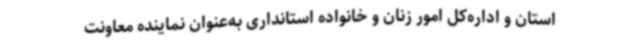
استان و اداره‌کل امور زنان و خانواده استانداری به‌عنوان نماینده معاونت